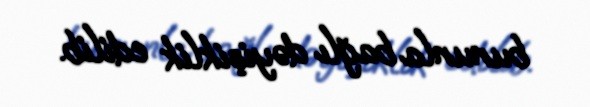
bununla bağlı dəyişiklik edilib.